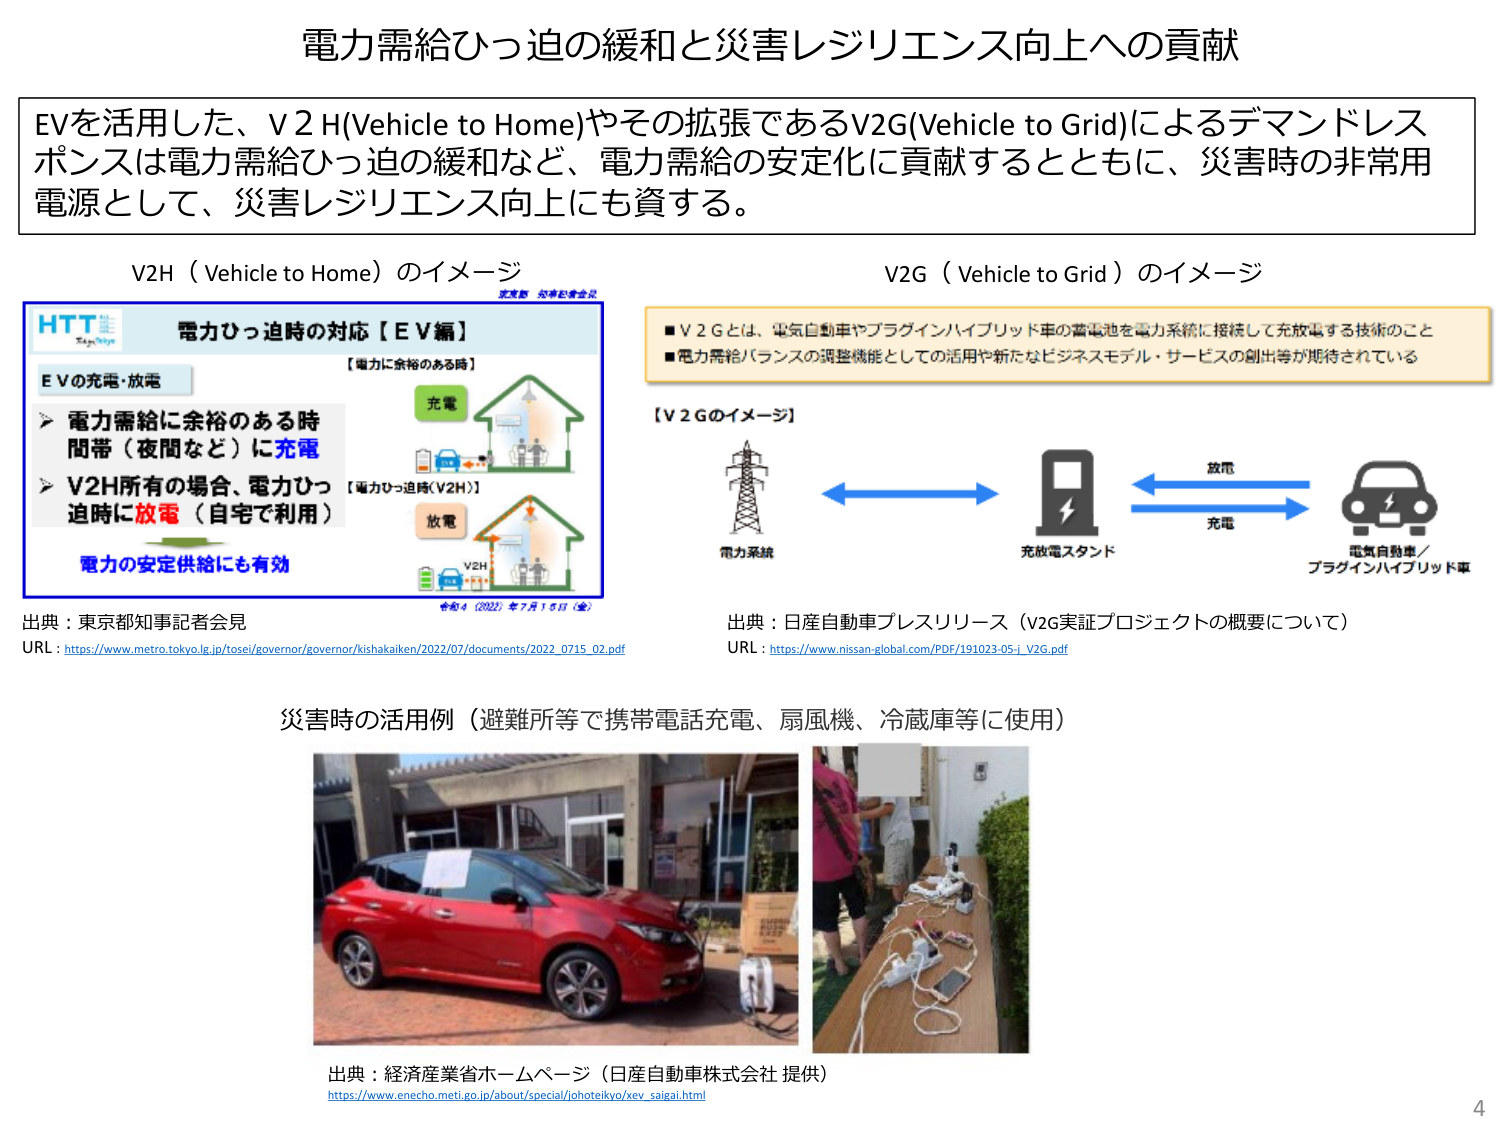
電力需給ひっ迫の緩和と災害レジリエンス向上への貢献

EVを活用した、V2H(Vehicle to Home)やその拡張であるV2G(Vehicle to Grid)によるデマンドレスポンスは電力需給ひっ迫の緩和など、電力需給の安定化に貢献するとともに、災害時の非常用電源として、災害レジリエンス向上にも資する。

V2H（Vehicle to Home）のイメージ

HTT
電力ひっ迫時の対応【EV編】
【電力に余裕のある時】
EVの充電・放電
電力需給に余裕のある時間（夜間など）に充電
V2H所有の場合、電力ひっ迫時に放電（自宅で利用）
電力の安定供給にも有効
【電力ひっ迫時(V2H)】
充電
放電
V2H
令和4（2022）年7月15日（金）

出典：東京都知事記者会見
URL：https://www.metro.tokyo.lg.jp/tosei/governor/governor/kishakaiken/2022/07/documents/2022_0715_02.pdf

V2G（Vehicle to Grid）のイメージ

■V2Gとは、電気自動車やプラグインハイブリッド車の蓄電池を電力系統に接続して充放電する技術のこと
■電力需給バランスの調整機能としての活用や新たなビジネスモデル・サービスの創出等が期待されている

【V2Gのイメージ】
電力系統 ←→ 充放電スタンド ←→ 電気自動車／プラグインハイブリッド車
放電
充電

出典：日産自動車プレスリリース（v2g実証プロジェクトの概要について）
URL：https://www.nissan-global.com/PDF/191023-05-i_V2G.pdf

災害時の活用例（避難所等で携帯電話充電、扇風機、冷蔵庫等に使用）

出典：経済産業省ホームページ（日産自動車株式会社 提供）
https://www.enecho.meti.go.jp/about/special/johoteikyo/xev_saigai.html

4